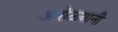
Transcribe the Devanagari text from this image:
आरोळ्यानी